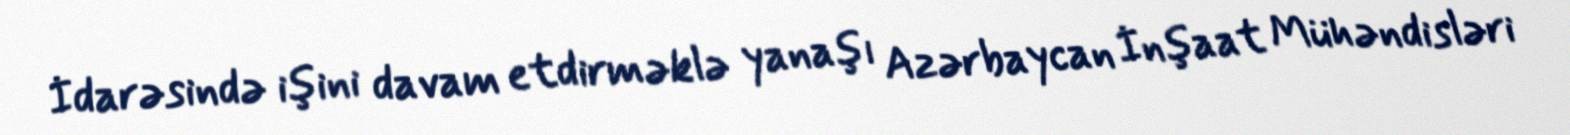
İdarəsində işini davam etdirməklə yanaşı Azərbaycan İnşaat Mühəndisləri